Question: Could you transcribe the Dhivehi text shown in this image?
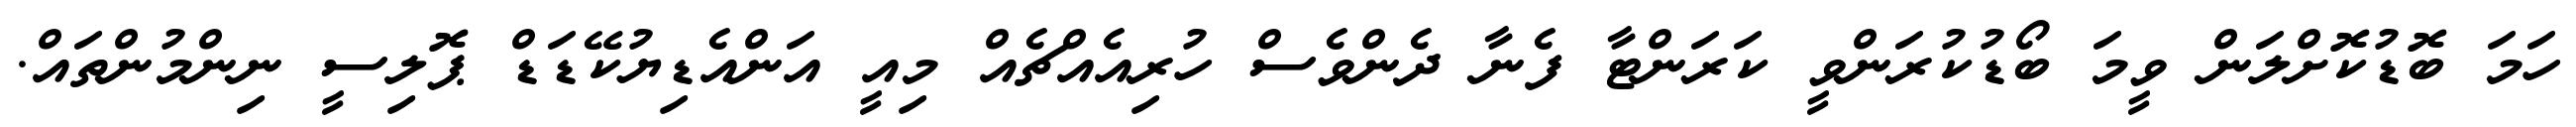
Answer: ހަމަ ބޮޑުކޮށްލަން ވީމަ ބޯޑުކުރަންވީ ކަރަންޓާ ފެނާ ދެންވެސް ހުރިއެއްޗެއް މިއީ އަންއެޑިޔުކޭޑަޑް ޕޮލިސީ ނިންމުންތައް.